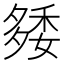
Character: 𥟿